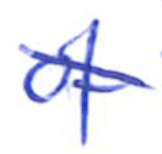
Text: of
Cross-out: diagonal
Writing tool: ballpoint